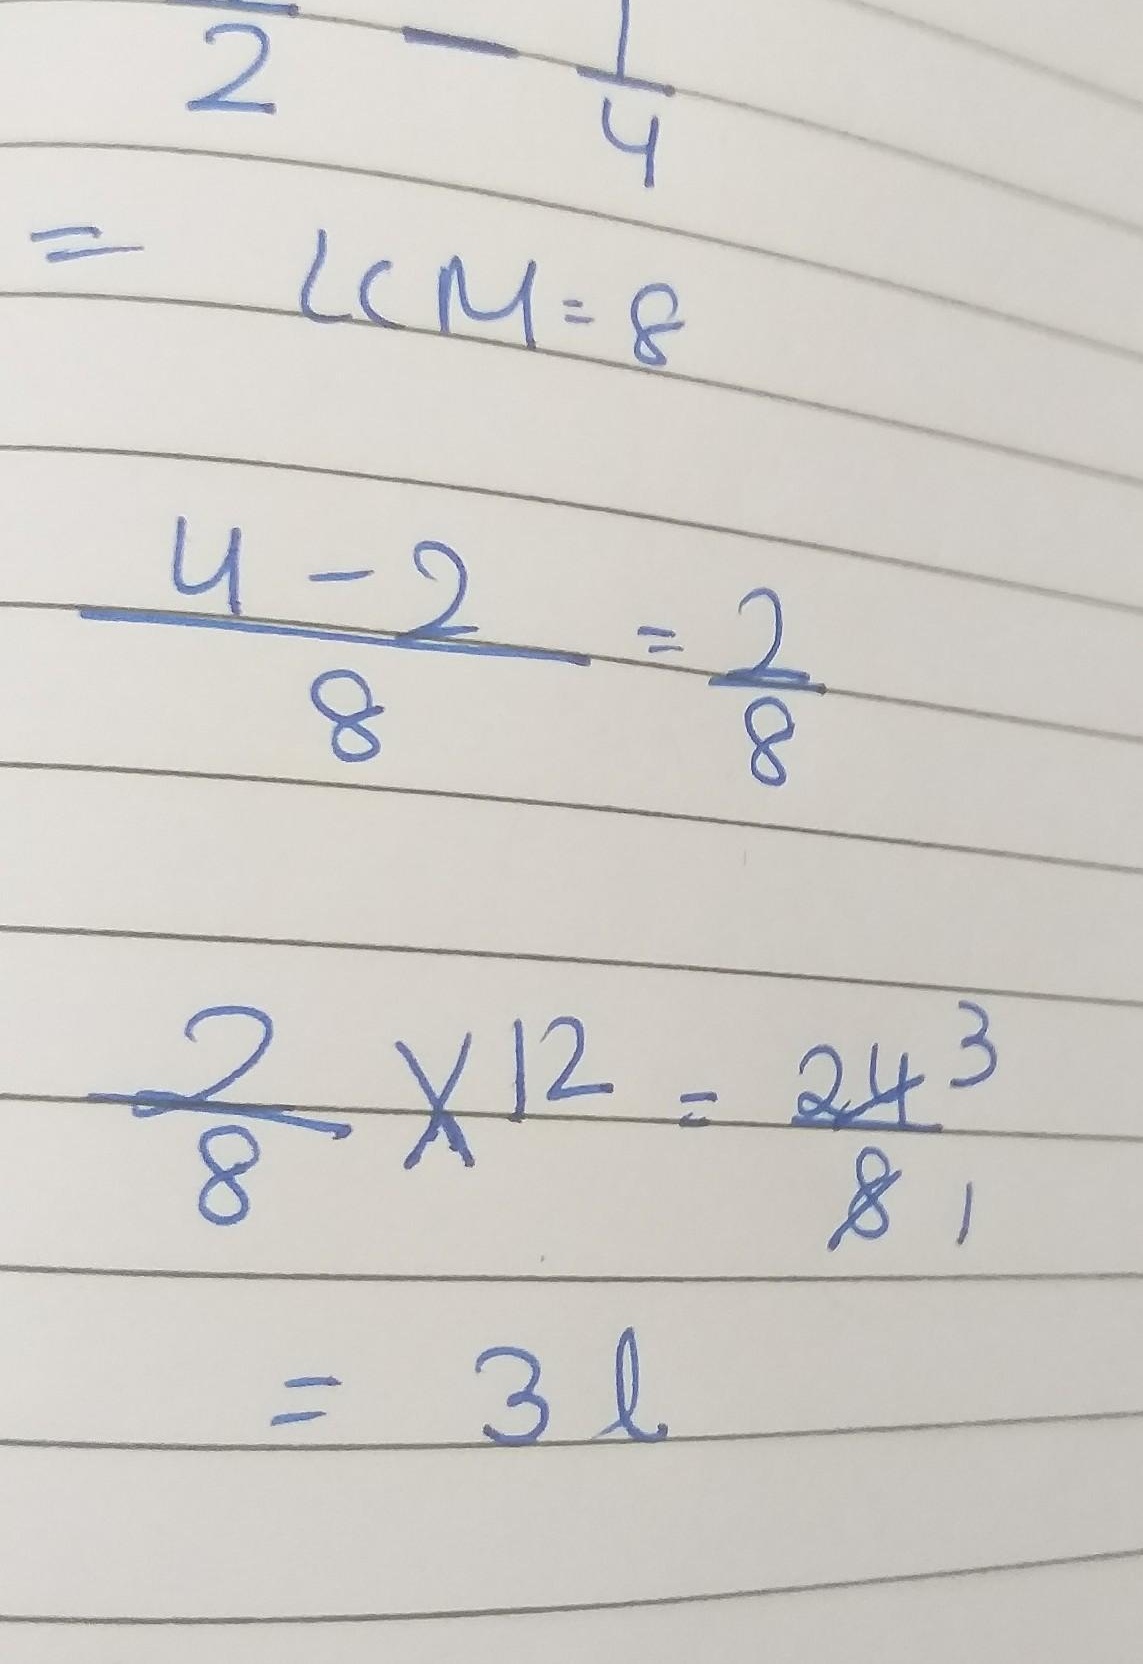
求\(2 - \frac{1}{4}\)的值：
\[
\begin{align*}
&2-\frac{1}{4}\\
& \text{先求分母的最小公倍数，lcm}(1,4)=4\\
&=\frac{2\times4 - 1}{4}\\
&=\frac{8 - 1}{4}\\
&=\frac{7}{4}
\end{align*}
\]

你原始内容的计算过程有误，按照常规思路纠正并按要求整理如上。如果你还有特殊需求，请随时告诉我。